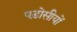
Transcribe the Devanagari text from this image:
पड़ोसीयों